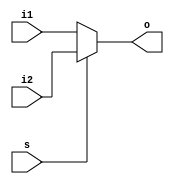
module MUX5_21(
    input [4:0] i1,
    input [4:0] i2,
    input s,
    output [4:0] o
);
    assign o = (s == 1'b0) ? i1 : i2;
endmodule